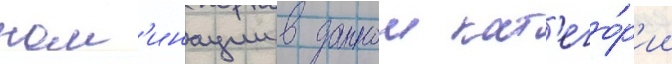
ном'инации в даннои кат'его́р'ии